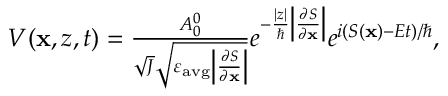
\begin{array} { r } { V ( \mathbf { x } , z , t ) = \frac { A _ { 0 } ^ { 0 } } { \sqrt { J } \sqrt { \varepsilon _ { \mathrm { a v g } } \left| \frac { \partial S } { \partial \mathbf { x } } \right| } } e ^ { - \frac { | z | } { \hbar } \left| \frac { \partial S } { \partial \mathbf { x } } \right| } e ^ { i ( S ( \mathbf { x } ) - E t ) / \hbar } , } \end{array}